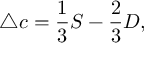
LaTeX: \triangle c = \frac { 1 } { 3 } S - \frac { 2 } { 3 } D ,